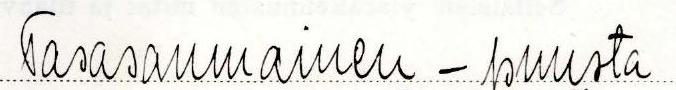
Tasasaumainen - puusta